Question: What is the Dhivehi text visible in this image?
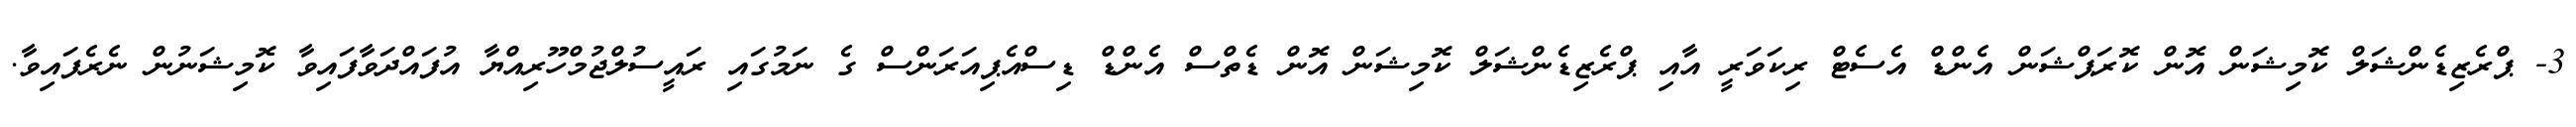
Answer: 3- ޕްރެޒިޑެންޝަލް ކޮމިޝަން އޮން ކޮރަޕްޝަން އެންޑް އެސެޓް ރިކަވަރީ އާއި ޕްރެޒިޑެންޝަލް ކޮމިޝަން އޮން ޑެތްސް އެންޑް ޑިސްއެޕިއަރަންސް ގެ ނަމުގައި ރައީސުލްޖުމްހޫރިއްޔާ އުފައްދަވާފައިވާ ކޮމިޝަނުން ނެރެފައިވާ.